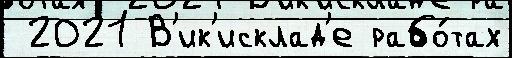
 2021 В'ик'исклад'е рабо́тах